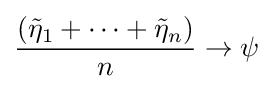
{\frac {({\tilde {\eta }}_{1}+\cdots +{\tilde {\eta }}_{n})}{n}}\to \psi